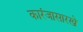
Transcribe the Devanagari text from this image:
कारंजासारखे